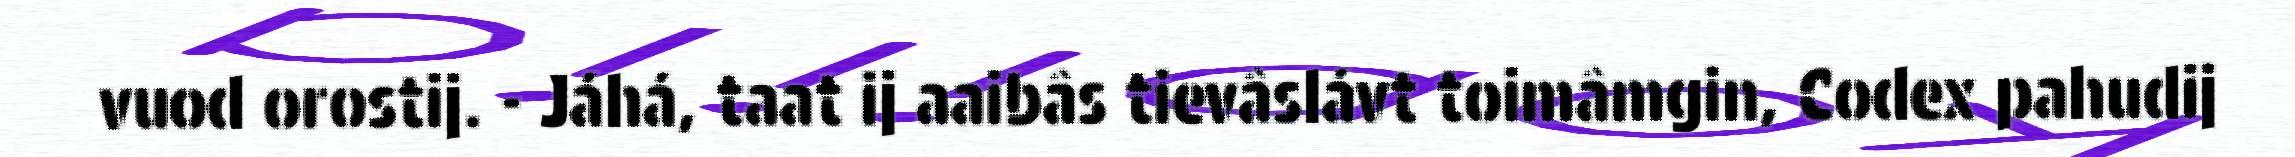
vuod orostij. - Jáhá, taat ij aaibâs tievâslávt toimâmgin, Codex pahudij